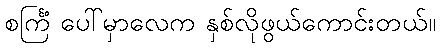
စင်္ကြံ ပေါ်မှာလေက နှစ်လိုဖွယ်ကောင်းတယ်။